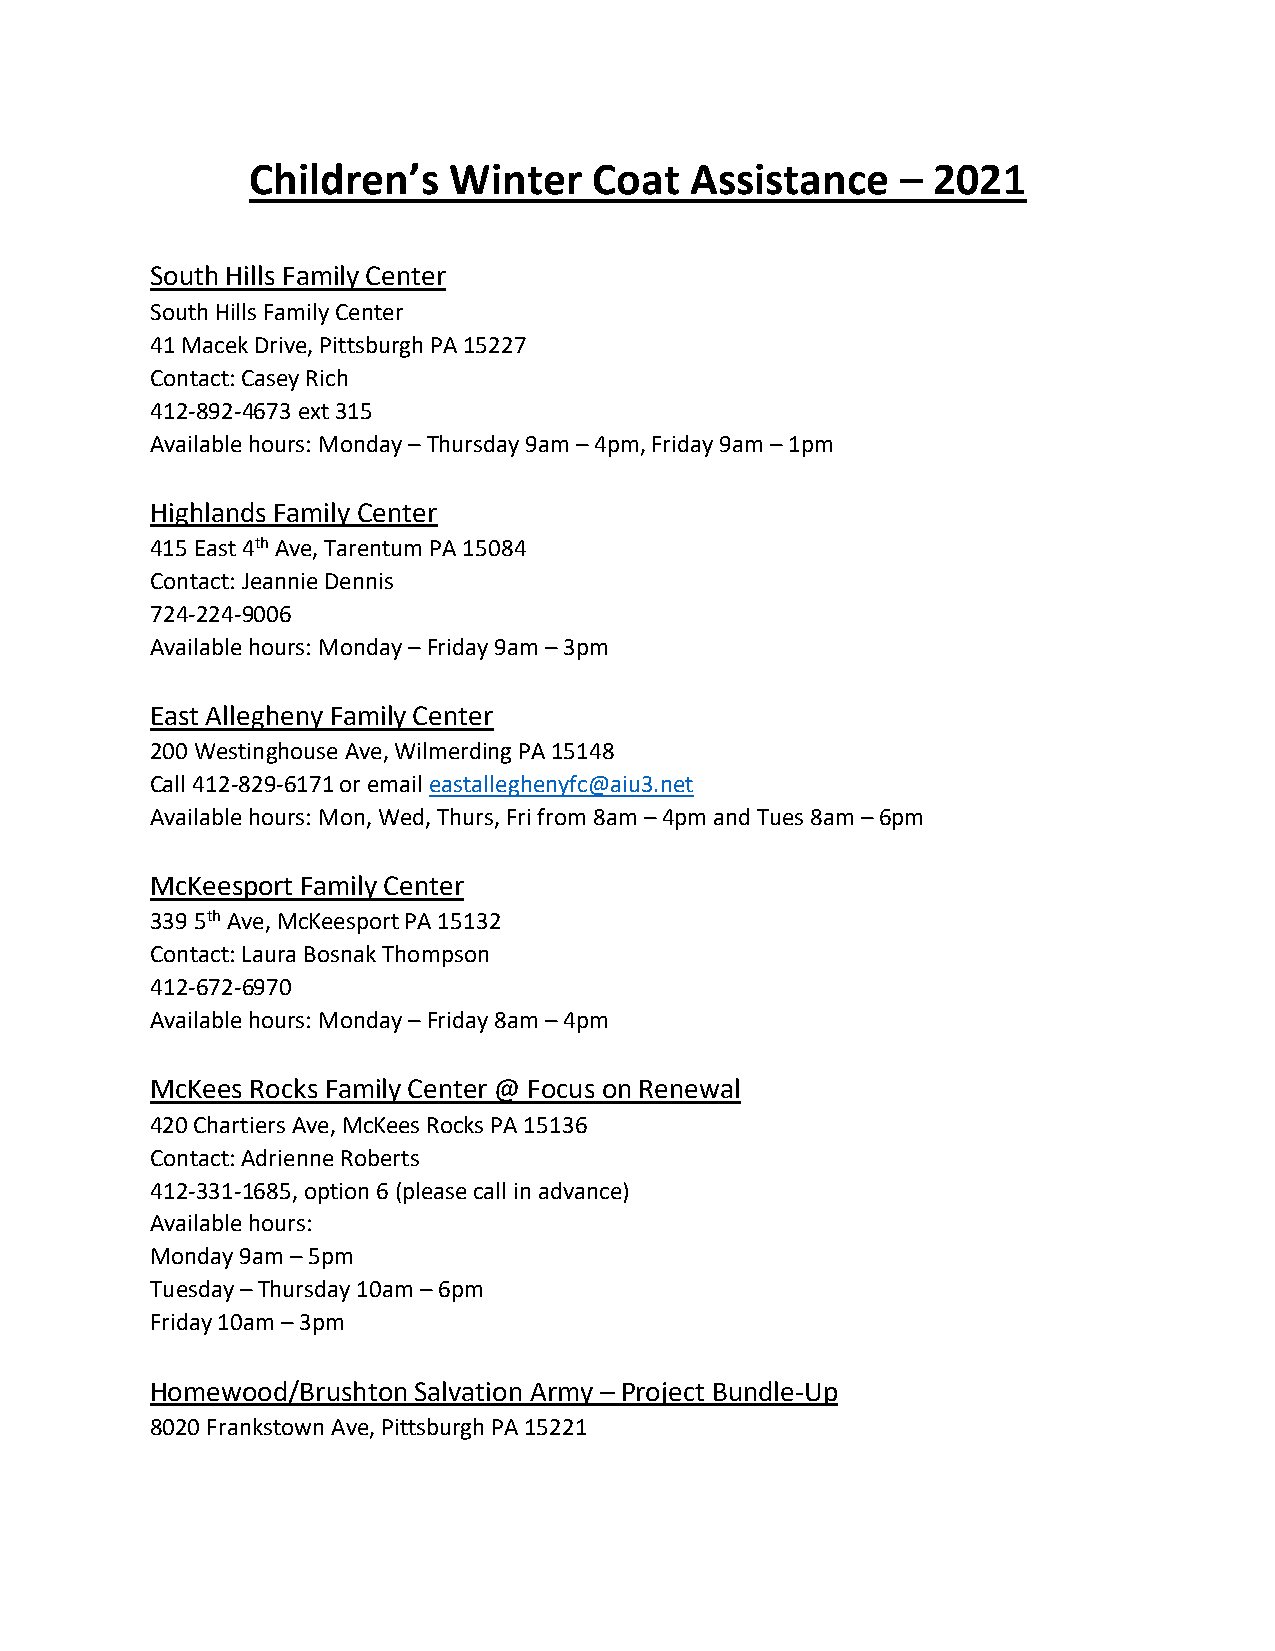
Children’s    Winter   Coat   Assistance    – 2021
 South Hills Family Center
 South Hills Family Center
 41 Macek Drive, Pittsburgh PA 15227
 Contact: Casey Rich
 412-892-4673 ext 315
 Available hours: Monday – Thursday 9am – 4pm, Friday 9am – 1pm
 Highlands Family Center
 415 East 4th Ave, Tarentum PA 15084
 Contact: Jeannie Dennis
 724-224-9006
 Available hours: Monday – Friday 9am – 3pm
 East Allegheny Family Center
 200 Westinghouse Ave, Wilmerding PA 15148
 Call 412-829-6171 or email eastalleghenyfc@aiu3.net
 Available hours: Mon, Wed, Thurs, Fri from 8am – 4pm and Tues 8am – 6pm
 McKeesport Family Center
 339 5th Ave, McKeesport PA 15132
 Contact: Laura Bosnak Thompson
 412-672-6970
 Available hours: Monday – Friday 8am – 4pm
 McKees Rocks Family Center @ Focus on Renewal
 420 Chartiers Ave, McKees Rocks PA 15136
 Contact: Adrienne Roberts
 412-331-1685, option 6 (please call in advance)
 Available hours:
 Monday 9am – 5pm
 Tuesday – Thursday 10am – 6pm
 Friday 10am – 3pm
 Homewood/Brushton Salvation Army – Project Bundle-Up
 8020 Frankstown Ave, Pittsburgh PA 15221